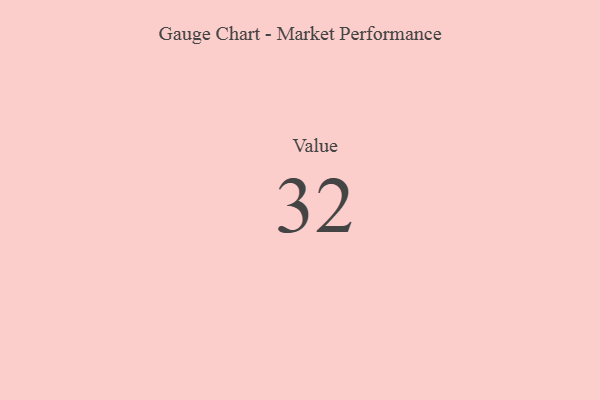
{"axis": {"x": "Metric", "y": "Value"}, "legend": [""], "data": [{"x": "Value", "y": 32, "type": ""}]}